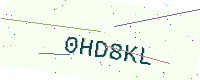
Text: 0HD8KL